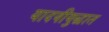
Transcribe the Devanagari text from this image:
यादवीयुद्धात